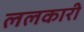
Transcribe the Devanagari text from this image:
ललकारी